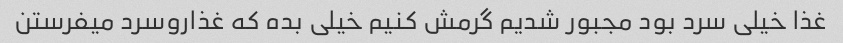
غذا خیلی سرد بود مجبور شدیم گرمش کنیم خیلی بده که غذارو‌سرد میفرستن